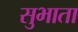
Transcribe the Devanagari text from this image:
सुभाता